Report of the Imperial Institute of Veterinary Research, Muktesar
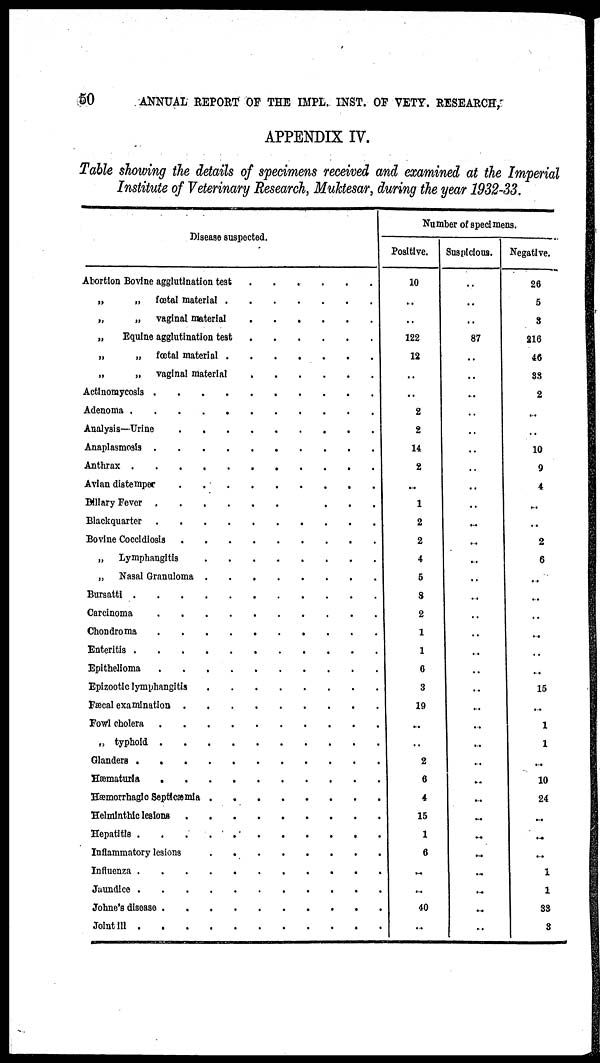
50
ANNUAL REPORT OF THE IMPL. INST. OF VETY. RESEARCH,
APPENDIX IV.
Table showing the details of specimens received and examined at the Imperial
Institute of Veterinary Research, Muktesar,during
the year 1932-33.
Disease suspected.
Abortion Bovine agglutination test
„
„ fœstal material
„ Equine agglutination test
„ „ fœtal material
„ „ vaginal material
Actinomycosis
Adenoma
Analysis-Urine
Anaplasmosis
Anthrax
Avian distemper
Billary Fever
Blackquarter
Bovine Coccidiosis
„ Lymphangitis
„ Nasal Granuloma
Bursatti
Carcinoma
Chondroma
Enteritis
Epithelioma
Epizootic lymphangitis
Fæcal examination
Fowl cholera
„ typhoid
Glanders
Hæmaturia
Hæmorrhagic Septicæmia
Helminthic lesions
Hepatitis
Inflammatory lesions
Influenza
Jaundice
Johne's disease
Joint III
.
.
.
.
.
.
.
.
.
.
.
.
.
.
.
.
.
.
.
.
.
.
.
.
.
.
.
.
.
.
.
.
.
.
.
.
.
.
.
.
.
.
.
.
.
.
.
.
.
.
.
.
.
.
.
.
.
.
.
.
.
.
.
.
.
. .
.
.
.
.
.
.
.
.
.
.
.
.
.
.
.
.
.
.
.
.
.
.
.
.
.
.
.
.
.
.
.
.
.
.
.
. .
.
.
.
.
.
.
.
.
.
.
.
.
.
.
.
.
.
.
.
.
.
.
.
.
.
.
.
.
.
.
.
.
.
.
.
. .
.
.
.
.
.
.
.
.
.
.
.
.
.
.
.
.
.
.
.
.
.
.
.
.
.
.
.
.
.
.
.
.
.
.
.
. .
.
.
.
.
.
.
.
.
.
.
.
.
.
.
.
.
.
.
.
.
.
.
.
.
.
.
.
.
.
.
.
.
.
.
.
. .
.
.
.
.
.
.
Number of specimens.
Positive.
10
..
..
122
12
..
..
2
2
14
2
..
1
2
2
4
5
8
2
1
1
6
3
19
..
..
2
6
4
15
1
6
..
..
40
..
Suspicious.
..
..
..
87
..
..
..
..
..
..
..
..
..
...
...
...
..
...
..
..
..
..
..
..
..
..
..
..
..
..
..
..
..
..
..
..
Negative.
26
5
3
216
46
33
2
..
10
9
4
..
..
2
6
..
...
..
..
..
..
15
..
1
1
..
10
24
..
..
..
1
1
33
3